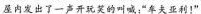
屋内发出了一声开玩笑的叫喊：“车夫亚利！”